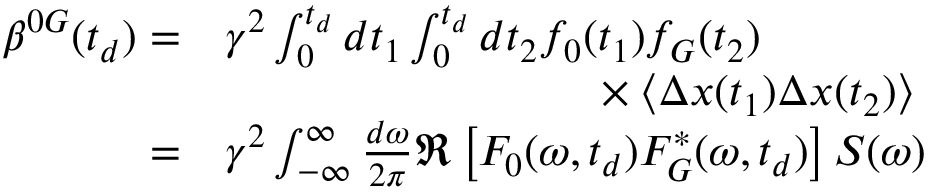
\begin{array} { r l } { \boldsymbol { \beta } ^ { 0 G } ( t _ { d } ) = } & { \gamma ^ { 2 } \int _ { 0 } ^ { t _ { d } } d t _ { 1 } \int _ { 0 } ^ { t _ { d } } d t _ { 2 } f _ { 0 } ( t _ { 1 } ) f _ { G } ( t _ { 2 } ) } \\ & { \hphantom { \gamma ^ { 2 } \int _ { 0 } ^ { t _ { d } } d t _ { 1 } \int _ { 0 } ^ { t _ { d } } d t _ { 2 } f _ { G } } \times \left\langle \Delta \boldsymbol { x } ( t _ { 1 } ) \Delta \boldsymbol { x } ( t _ { 2 } ) \right\rangle } \\ { = } & { \gamma ^ { 2 } \int _ { \mathbb { - \infty } } ^ { \infty } \frac { d \omega } { 2 \pi } \Re \left[ F _ { 0 } ( \omega , t _ { d } ) F _ { G } ^ { * } ( \omega , t _ { d } ) \right] \boldsymbol { S } ( \omega ) } \end{array}